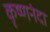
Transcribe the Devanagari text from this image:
कृष्णनंदा